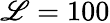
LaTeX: \mathscr{L}=100